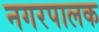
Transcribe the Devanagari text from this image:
नगरपालक